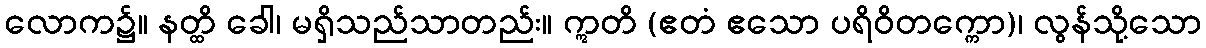
လောက၌။ နတ္ထိ ခေါ၊ မရှိသည်သာတည်း။ ဣတိ (ဧတံ ဧသော ပရိဝိတက္ကော)၊ လွန်သို့သော